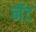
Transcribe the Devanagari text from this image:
नॅट